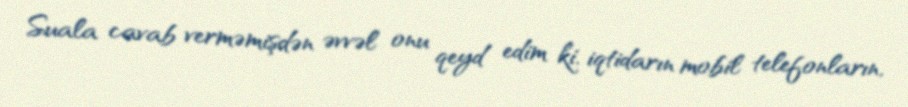
Suala cavab verməmişdən əvvəl onu qeyd edim ki, iqtidarın mobil telefonların,